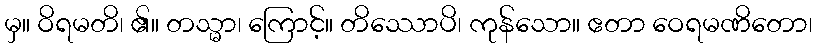
မှ။ ဝိရမတိ၊ ၏။ တသ္မာ၊ ကြောင့်။ တိဿောပိ၊ ကုန်သော။ ဧတာ ဝေရမဏိတော၊